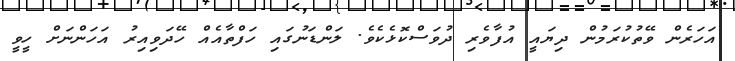
އަހަރެން ވޭތުކުރަމުން ދިޔައީ އުފާވެރި ދުވަސްކޮޅެކެވެ. ލަންޑަނުގައި ހަފްތާއެއް ހޭދަވިއިރު އަހަންނަށް ހީވީ